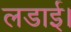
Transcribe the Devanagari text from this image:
लडाई।